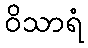
ဝိသာရံ